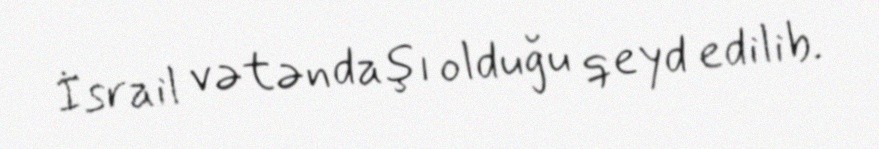
İsrail vətəndaşı olduğu qeyd edilib.